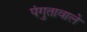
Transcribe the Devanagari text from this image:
पंगुतावाले